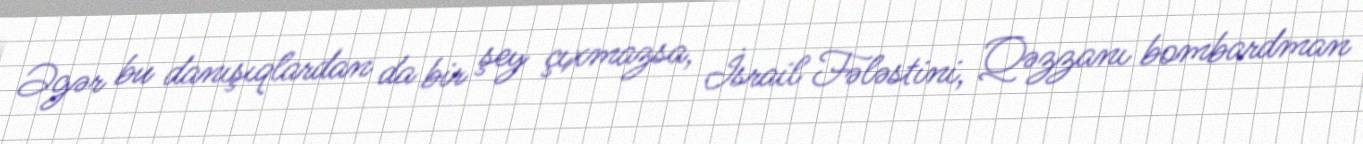
Əgər bu danışıqlardan da bir şey çıxmazsa, İsrail Fələstini, Qəzzanı bombardman